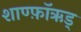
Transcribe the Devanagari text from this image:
शाण्फ़ॉऋड्